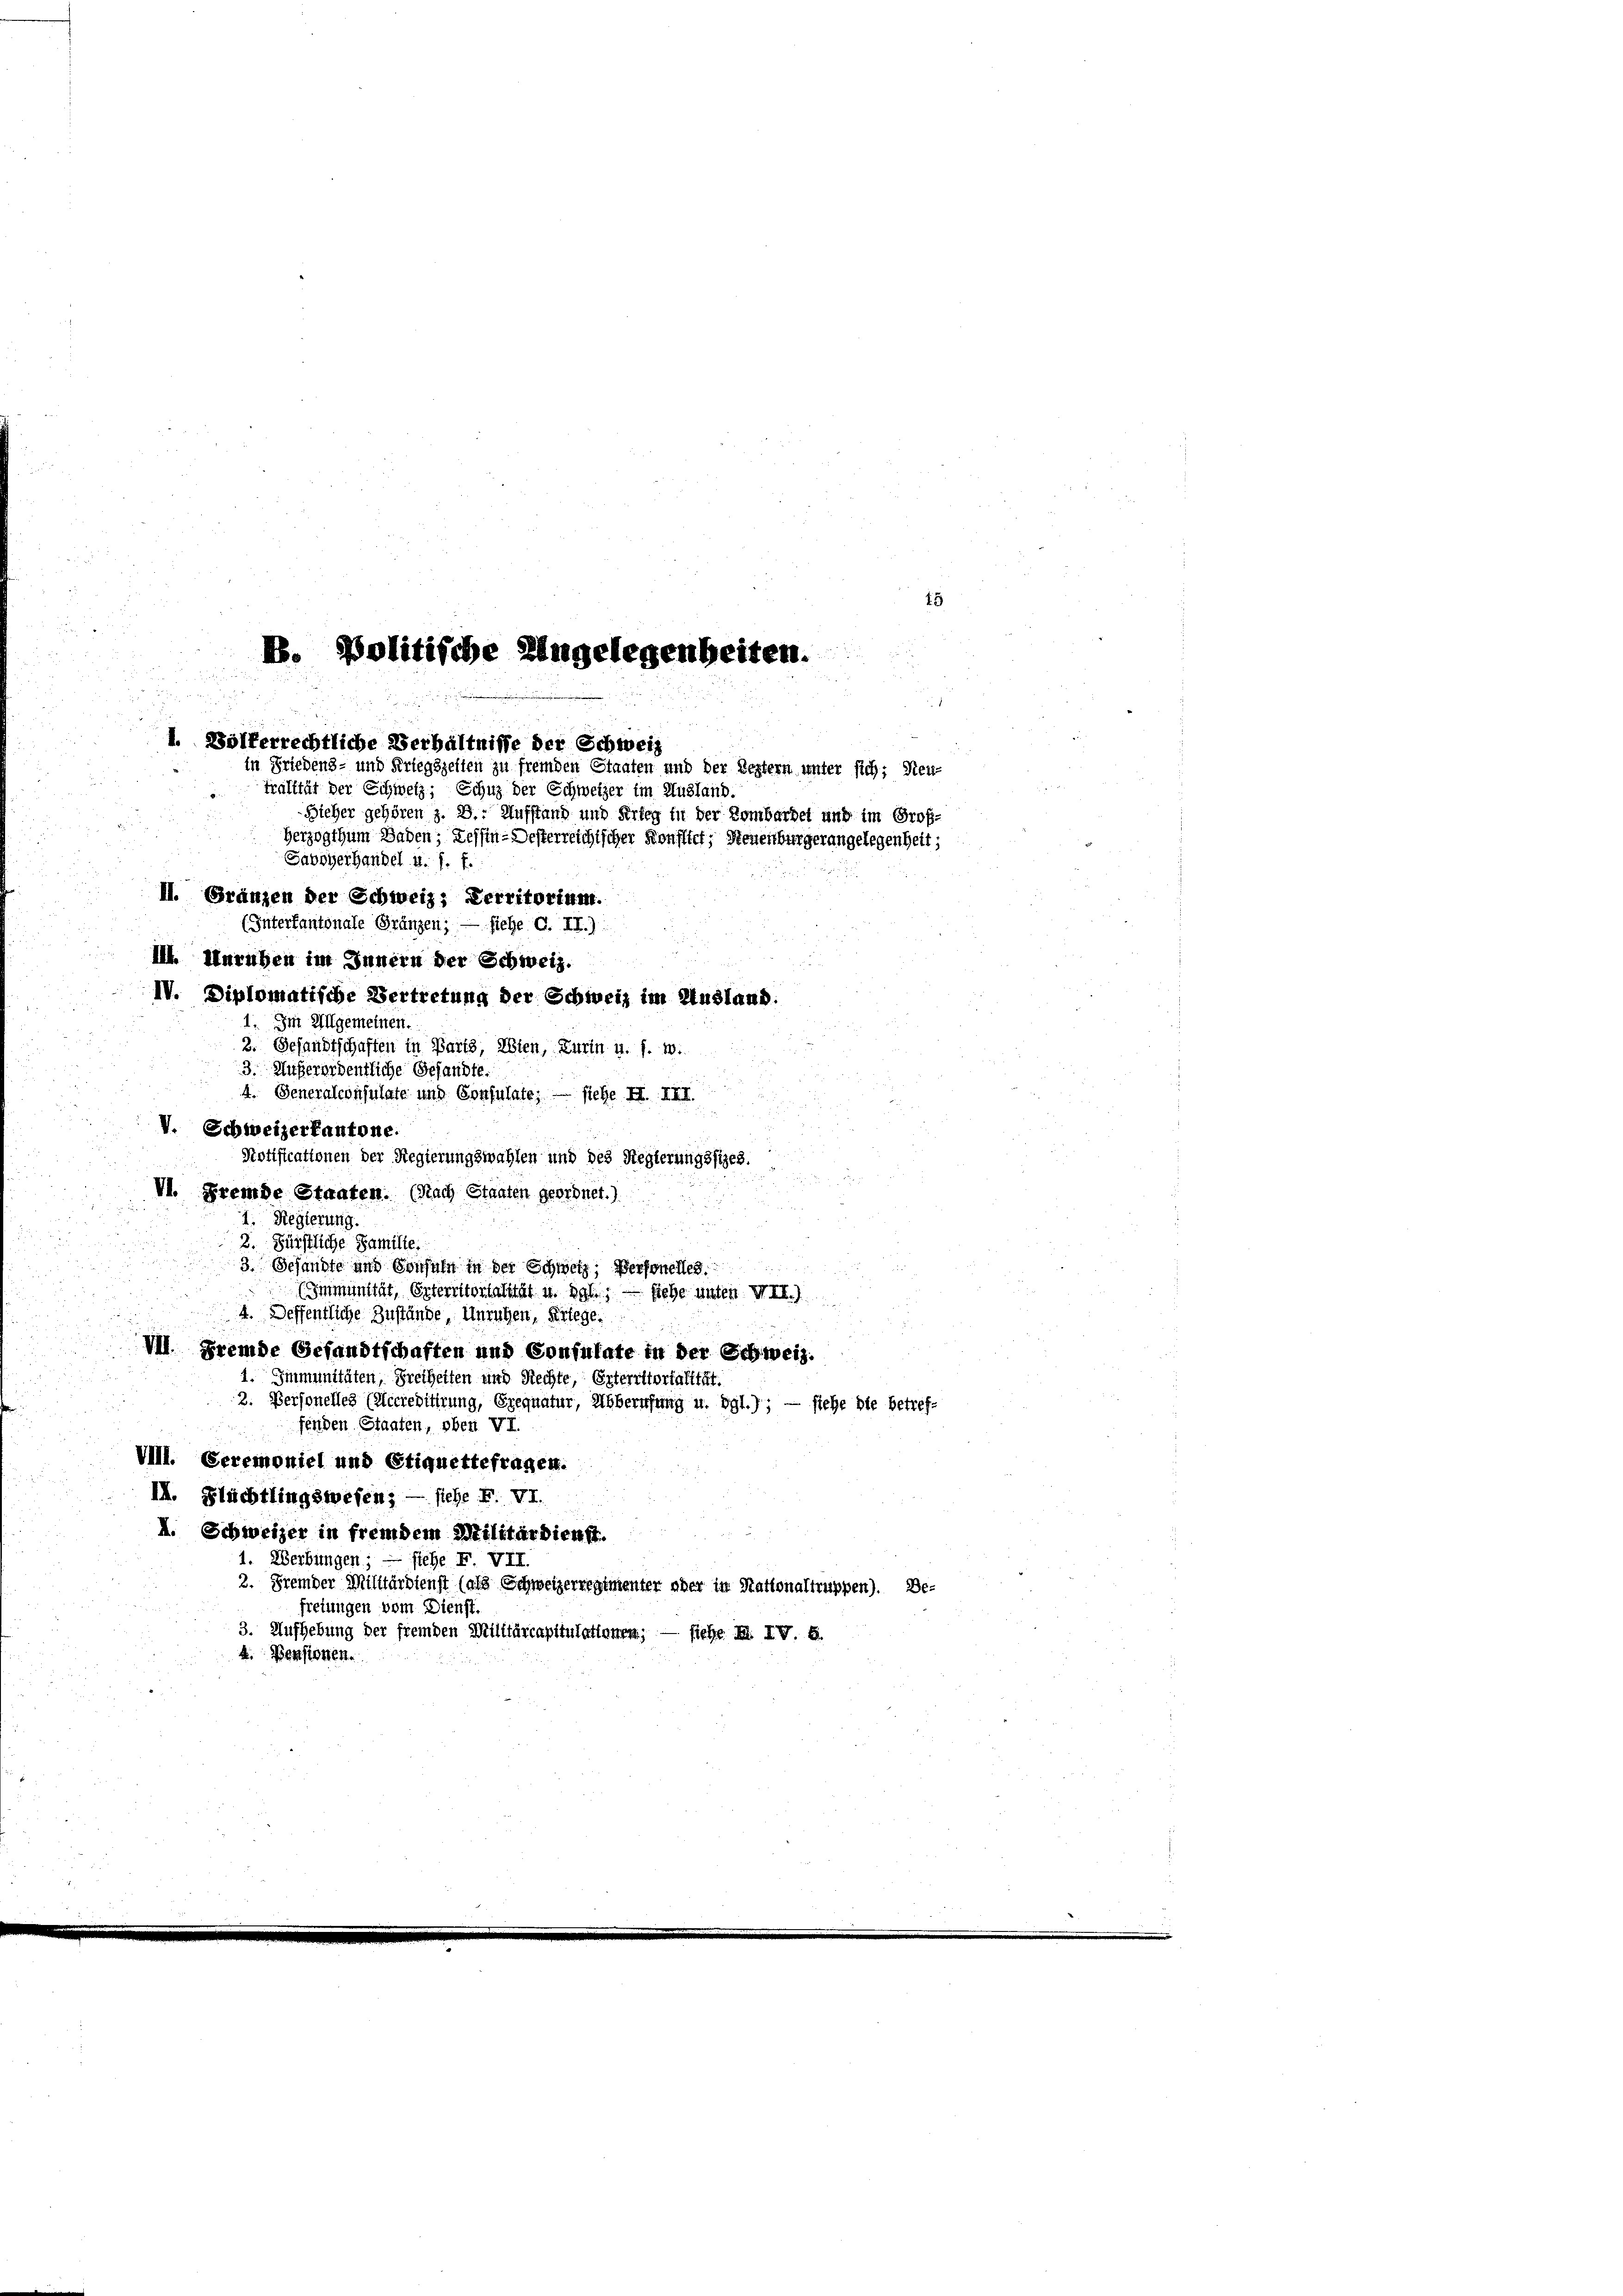
i

IV. Diplomatische Vertretung der Schweiz im Ausland
1. Im Allgemeinen.
2. Gesandtschaften in Parts, Wien, Zurin u. s. w.
3. Außerordentliche Gesandte.
4. Generalconsulate und Consulate; — siehe I. III.
V. Schweizerkantone.
Potificationen der Regierungswahlen und des Regierungsfizes.
VI. Fremde Strafen. (Nach Staaten geordnet.)
1. Regierung.
2. Fürstliche Famille.
3. Gesandte und Consuln in der Schweiz, Personelles
Immunität, Orterritorialität u. dgl.; — siehe unter VII.)
4. Deffentliche Zustände, Unruhen, Kriege.
VI Fremde Gesandtschaften und Consulate in der Schweiz.
1. Immunitäten, Freiheiten und Rechte, Enterittorialität.
2. Personelles (Accreditirung, Grequatur, Abberufung u. dgl.); — siehe die betreffenden Staaten, oben VI.
VIII. Ceremoniel und Stiquettefragen.
II. Flüchtlingswesen; — siehe F. VI.
I. Schweizer in fremdem Militärdienst.
1. Werbungen; — stehe F. VII
2. Fremder Militärdienst (als Schweizerregimenter aber in Stationaltruppen). De-
freiungen vom Dienst.
3. Aufhebung der fremden Militärcapitulatinnen; — siehe B. IV. S.
4. Pensionen.

15
E. Politische Engelegenheiten.
in Friedens- und Kriegszellen zu fremden Staaten und der Leztern unter sich; Neu-
tralität der Schwelz; Schuz der Schweizer im Ausland.
Sieher gehören z. B. Aufstand und Arten in der Bombardel und im Groß-
Herzogthum Baden; Kessen-Desterreichischer Konflief, Steuenburgerangelegenheit;
Savoyerhandel u. s. f.
II. Gränzen der Schweiz; Verritorium.
(Interfantonale Gränzen; — fiche G. II.)
III. Unruhen im Innern der Schweiz.

1. Wolferrechtliche Verhältnisse der Schweiz